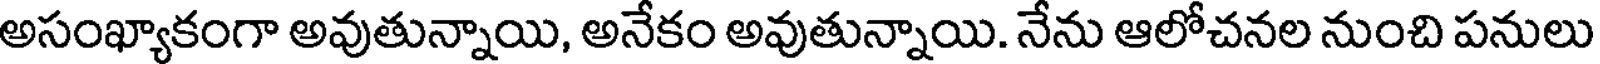
అసంఖ్యాకంగా అవుతున్నాయి, అనేకం అవుతున్నాయి. నేను ఆలోచనల నుంచి పనులు